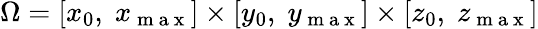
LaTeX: \Omega=[x_{0},\; x_{\mathrm{~m~a~x~}}]\times[y_{0},\; y_{\mathrm{~m~a~x~}}]\times[z_{0},\; z_{\mathrm{~m~a~x~}}]